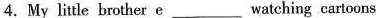
4.My little brother e___watching cartoons